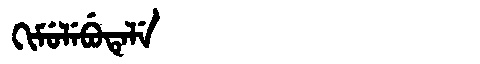
Manchu: ᡴᡳᠮᡠᠯᡝᠪᡠᡨᡝᠯᡝ
Romanization: KIMULEBUTELE